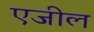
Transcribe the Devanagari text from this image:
एजील